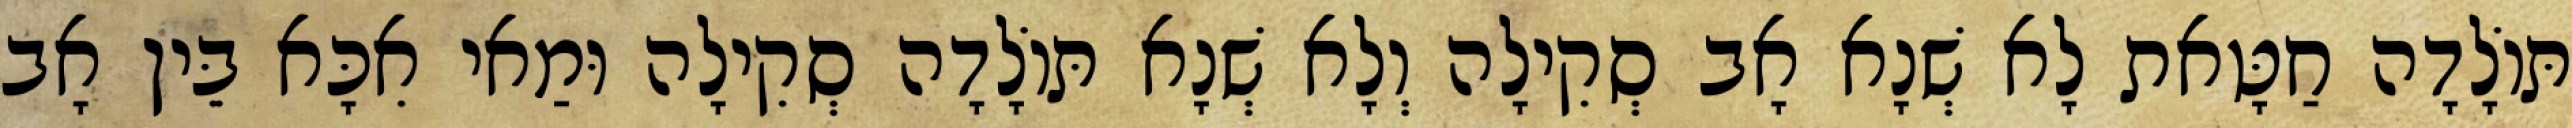
תּוֹלָדָה חַטָּאת לָא שְׁנָא אָב סְקִילָה וְלָא שְׁנָא תּוֹלָדָה סְקִילָה וּמַאי אִכָּא בֵּין אָב